Senior Leaving Certificate Examination (including Day School Certificate (Higher) General paper), 1947
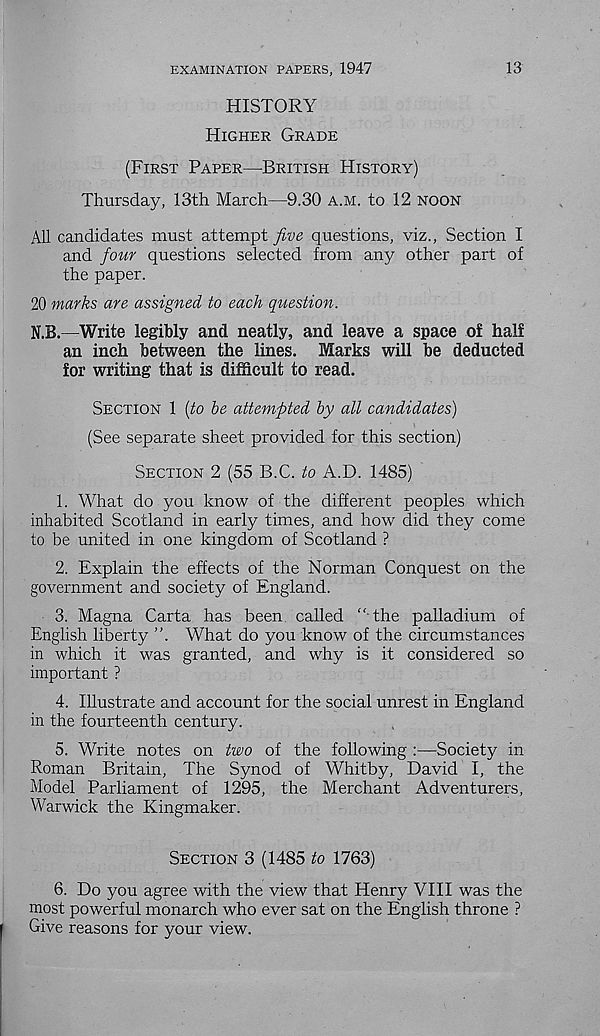
13
EXAMINATION PAPERS, 1947
HISTORY
HIGHER GRADE
(FIRST PAPER—BRITISH HISTORY)
Thursday, 13th March—9.30 A.M. to 12 NOON
All candidates must attempt five questions, viz., Section I
and four questions selected from any other part of
the paper.
20 marks are assigned to each question.
N.B.—Write legibly and neatly, and leave a space of half
an inch between the lines. Marks will be deducted
for writing that is difficult to read.
SECTION 1 [to be attempted by all candidates)
(See separate sheet provided for this section)
SECTION 2 (55 B.C. to A.D. 1485)
1. What do you know of the different peoples which
inhabited Scotland in early times, and how did they come
to be united in one kingdom of Scotland ?
2. Explain the effects of the Norman Conquest on the
government and society of England.
3. Magna Carta has been called “ the palladium of
English liberty ”. What do you know of the circumstances
in which it was granted, and why is it considered so
important ?
4. Illustrate and account for the social unrest in England
in the fourteenth century.
5. Write notes on two of the following :—Society in
Roman Britain, The Synod of Whitby, David I, the
Model Parliament of 1295, the Merchant Adventurers,
Warwick the Kingmaker.
SECTION 3 (1485 to 1763)
6. Do you agree with the view that Henry VIII was the
most powerful monarch who ever sat on the English throne ?
Give reasons for your view.